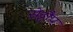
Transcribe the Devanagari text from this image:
सेट्टौप